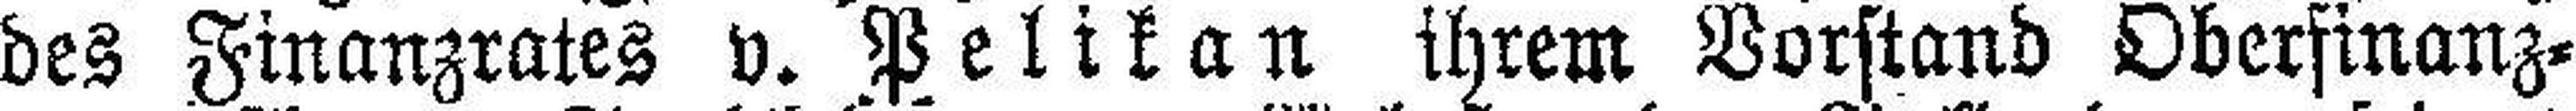
des Finanzrates v. Pelikan ihrem Vorstand Oberfinanz¬